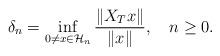
LaTeX: \begin{align*} \delta_n=\inf_{0\neq x\in\mathcal H_n}\frac{\|X_Tx\|}{\|x\|}, \ \ \ n\geq 0.\end{align*}